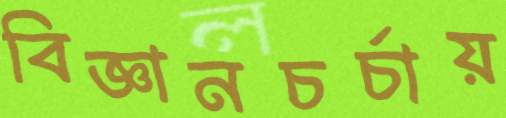
বিজ্ঞানচর্চায়